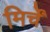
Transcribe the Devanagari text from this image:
मिर्चें